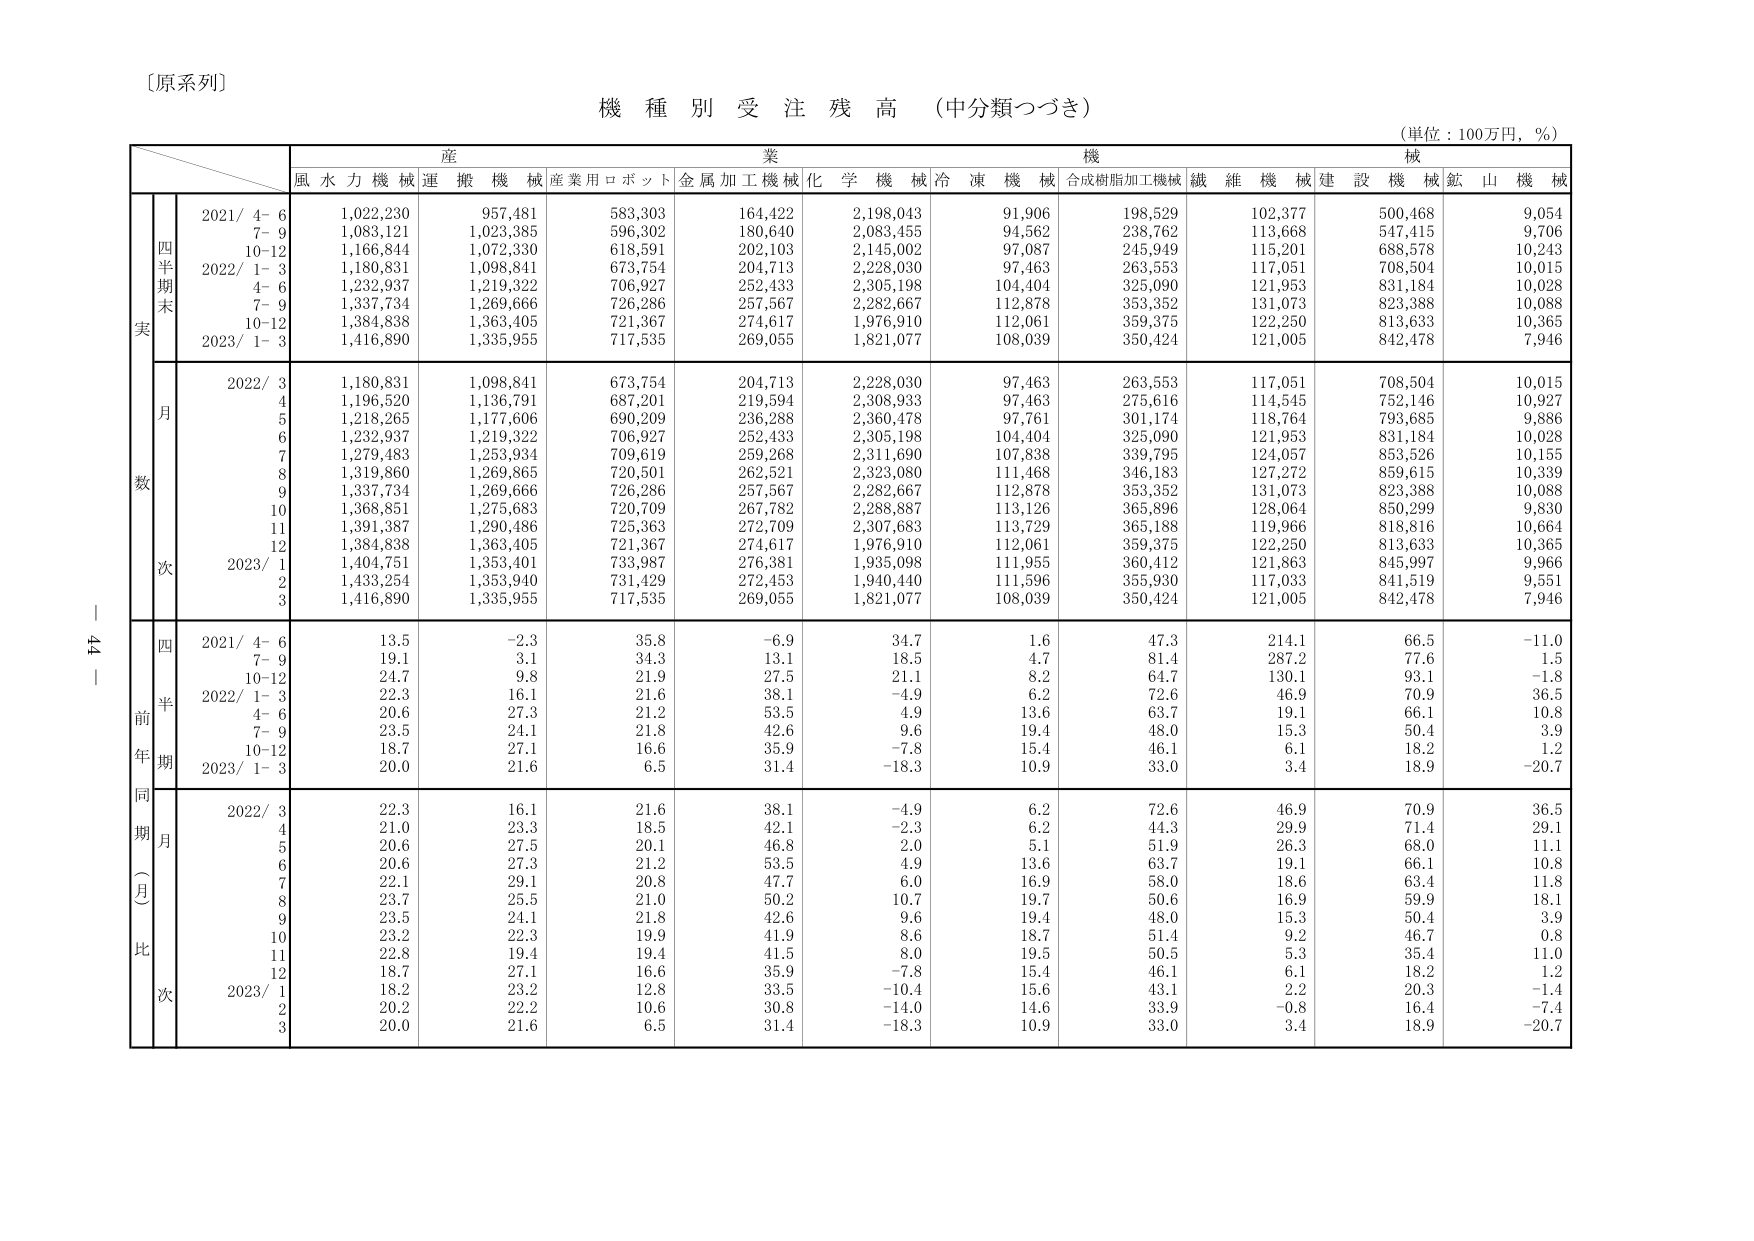
〔原系列〕
機種別受注残高（中分類つづき）
（単位：100万円，％）

産業機械
風水力機械 運搬機械 産業用ロボット 金属加工機械 化学機械 冷凍機械 合成樹脂加工機械 繊維機械 建設機械 鉱山機械

四半期末実
2021/ 4-6 1,022,230 957,481 583,303 164,422 2,198,043 91,906 198,529 102,377 500,468 9,054
7-9 1,083,121 1,023,385 596,302 180,640 2,083,455 94,562 238,762 113,668 547,415 9,706
10-12 1,166,844 1,072,330 618,591 202,103 2,145,002 97,087 245,949 115,201 688,578 10,243
2022/ 1-3 1,180,831 1,098,841 673,754 204,713 2,228,030 97,463 263,553 117,051 708,504 10,015
4-6 1,232,937 1,219,322 706,927 252,433 2,305,198 104,404 325,090 121,953 831,184 10,028
7-9 1,337,734 1,269,666 726,286 257,567 2,282,667 112,878 353,352 131,073 823,388 10,088
10-12 1,384,838 1,363,405 721,367 274,617 1,976,910 112,061 359,375 122,250 813,633 10,365
2023/ 1-3 1,416,890 1,335,955 717,535 269,055 1,821,077 108,039 350,424 121,005 842,478 7,946

月数次
2022/ 3 1,180,831 1,098,841 673,754 204,713 2,228,030 97,463 263,553 117,051 708,504 10,015
4 1,196,520 1,136,791 687,201 219,594 2,308,933 97,463 275,616 114,545 752,146 10,927
5 1,218,265 1,177,606 690,209 236,288 2,360,478 97,761 301,174 118,764 793,685 9,886
6 1,232,937 1,219,322 706,927 252,433 2,305,198 104,404 325,090 121,953 831,184 10,028
7 1,279,483 1,253,934 709,619 259,268 2,311,690 107,838 339,795 124,057 853,526 10,155
8 1,319,860 1,269,865 720,501 262,521 2,323,080 111,468 346,183 127,272 859,615 10,339
9 1,337,734 1,269,666 726,286 257,567 2,282,667 112,878 353,352 131,073 823,388 10,088
10 1,368,851 1,275,683 720,709 267,782 2,288,887 113,126 365,896 128,064 850,299 9,830
11 1,391,387 1,290,486 725,363 272,709 2,307,683 113,729 365,188 119,966 818,816 10,664
12 1,384,838 1,363,405 721,367 274,617 1,976,910 112,061 359,375 122,250 813,633 10,365
2023/ 1 1,404,751 1,353,401 733,987 276,381 1,935,098 111,955 360,412 121,863 845,997 9,966
2 1,433,254 1,353,940 731,429 272,453 1,940,440 111,596 355,930 117,033 841,519 9,551
3 1,416,890 1,335,955 717,535 269,055 1,821,077 108,039 350,424 121,005 842,478 7,946

四半期前年同期比（月次）
2021/ 4-6 13.5 -2.3 35.8 -6.9 34.7 1.6 47.3 214.1 66.5 -11.0
7-9 19.1 3.1 34.3 13.1 18.5 4.7 81.4 287.2 77.6 1.5
10-12 24.7 9.8 21.9 27.5 21.1 8.2 64.7 130.1 93.1 -1.8
2022/ 1-3 22.3 16.1 21.6 38.1 -4.9 6.2 72.6 46.9 70.9 36.5
4-6 20.6 27.3 21.2 53.5 4.9 13.6 63.7 19.1 66.1 10.8
7-9 23.5 24.1 21.8 42.6 9.6 19.4 48.0 15.3 50.4 3.9
10-12 18.7 27.1 16.6 35.9 -7.8 15.4 46.1 6.1 18.2 1.2
2023/ 1-3 20.0 21.6 6.5 31.4 -18.3 10.9 33.0 3.4 18.9 -20.7

2022/ 3 22.3 16.1 21.6 38.1 -4.9 6.2 72.6 46.9 70.9 36.5
4 21.0 23.3 18.5 42.1 -2.3 6.2 44.3 29.9 71.4 29.1
5 20.6 27.5 20.1 46.8 2.0 5.1 51.9 26.3 68.0 11.1
6 20.6 27.3 21.2 53.5 4.9 13.6 63.7 19.1 66.1 10.8
7 22.1 29.1 20.8 47.7 6.0 16.9 58.0 18.6 63.4 11.8
8 23.7 25.5 21.0 50.2 10.7 19.7 50.6 16.9 59.9 18.1
9 23.5 24.1 21.8 42.6 9.6 19.4 48.0 15.3 50.4 3.9
10 23.2 22.3 19.9 41.9 8.6 18.7 51.4 9.2 46.7 0.8
11 22.8 19.4 19.4 41.5 8.0 19.5 50.5 5.3 35.4 11.0
12 18.7 27.1 16.6 35.9 -7.8 15.4 46.1 6.1 18.2 1.2
2023/ 1 18.2 23.2 12.8 33.5 -10.4 15.6 43.1 2.2 20.3 -1.4
2 20.2 22.2 10.6 30.8 -14.0 14.6 33.9 -0.8 16.4 -7.4
3 20.0 21.6 6.5 31.4 -18.3 10.9 33.0 3.4 18.9 -20.7

ー 44 ー